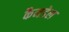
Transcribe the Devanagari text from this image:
कैनडेल